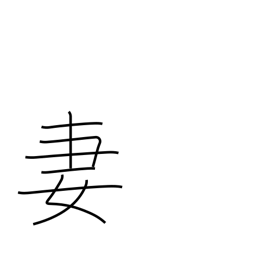
Meaning: wife